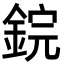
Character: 鋎